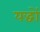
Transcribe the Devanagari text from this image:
यद्धों